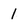
Character: 1